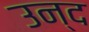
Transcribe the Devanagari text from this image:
उन्द